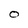
Character: O